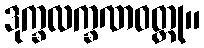
ဒုက္ခလက္ခဏဝတ္ထု။